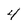
Character: 4